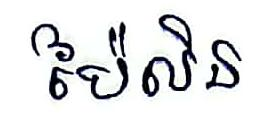
ប៉ៃលិន